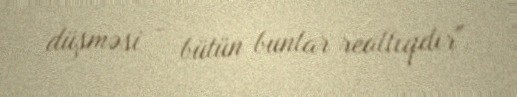
düşməsi - bütün bunlar reallıqdır".